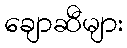
ချောဆီများ